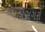
મહાસગરો